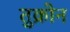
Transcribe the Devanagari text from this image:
तुक्रोन